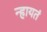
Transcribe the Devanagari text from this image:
न्हायतं